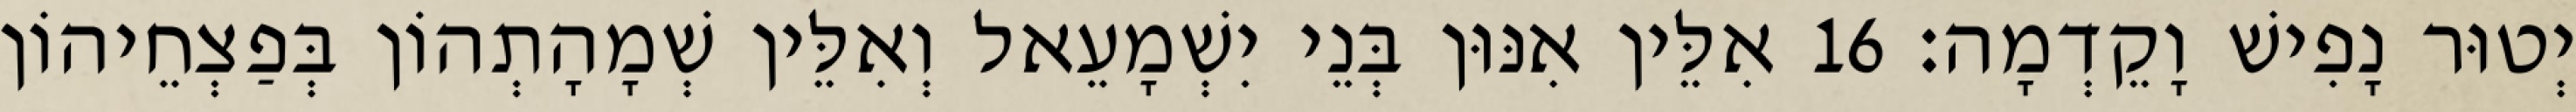
יְטוּר נָפִישׁ וָקֵדְמָה׃ 16 אִלֵּין אִנּוּן בְּנֵי יִשְׁמָעֵאל וְאִלֵּין שְׁמָהָתְהוֹן בְּפַצְחֵיהוֹן